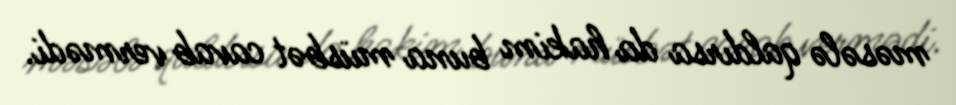
məsələ qaldırsa da hakim buna müsbət cavab vermədi.